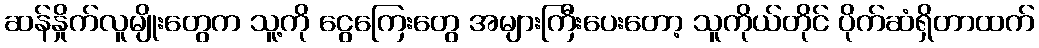
ဆန်နှိုက်လူမျိုးတွေက သူ့ကို ငွေကြေးတွေ အများကြီးပေးတော့ သူကိုယ်တိုင် ပိုက်ဆံရှိတာထက်